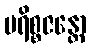
ပရိစ္စဇန္တော